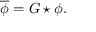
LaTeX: { \overline { { \phi } } } = G \star \phi .